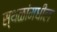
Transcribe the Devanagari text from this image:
स्थळांमधील